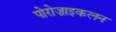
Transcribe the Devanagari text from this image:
पोरोज़ाइकलन